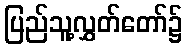
ပြည်သူ့လွှတ်တော်၌